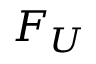
F _ { U }